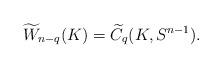
LaTeX: \begin{align*}\widetilde{W}_{n-q}(K)=\widetilde{C}_q(K,S^{n-1}).\end{align*}